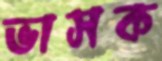
ভাসক